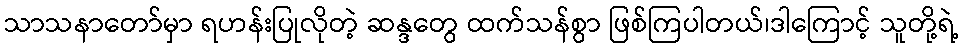
သာသနာတော်မှာ ရဟန်းပြုလိုတဲ့ ဆန္ဒတွေ ထက်သန်စွာ ဖြစ်ကြပါတယ်၊ဒါကြောင့် သူတို့ရဲ့